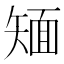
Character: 𱳢